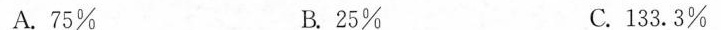
A.75% B.25% C.133.3%